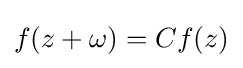
f(z+\omega )=Cf(z)